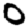
Digit: 0